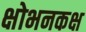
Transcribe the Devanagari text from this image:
क्षोभनकक्ष